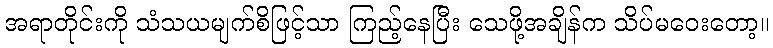
အရာတိုင်းကို သံသယမျက်စိဖြင့်သာ ကြည့်နေပြီး သေဖို့အချိန်က သိပ်မဝေးတော့။